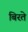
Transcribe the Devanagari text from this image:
बिरते